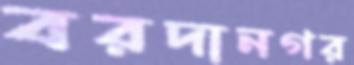
বরদানগর